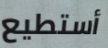
أستطيع